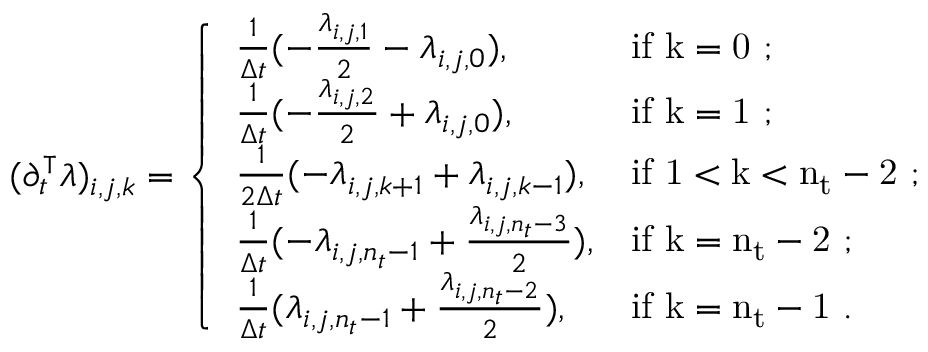
\begin{array} { r } { ( \partial _ { t } ^ { \intercal } \lambda ) _ { i , j , k } = \left\{ \begin{array} { l l } { \frac { 1 } { \Delta t } ( - \frac { \lambda _ { i , j , 1 } } { 2 } - \lambda _ { i , j , 0 } ) , } & { \mathrm { i f ~ k = 0 ~ } ; } \\ { \frac { 1 } { \Delta t } ( - \frac { \lambda _ { i , j , 2 } } { 2 } + \lambda _ { i , j , 0 } ) , } & { \mathrm { i f ~ k = 1 ~ } ; } \\ { \frac { 1 } { 2 \Delta t } ( - \lambda _ { i , j , k + 1 } + \lambda _ { i , j , k - 1 } ) , } & { \mathrm { i f ~ 1 < k < n _ t - 2 ~ } ; } \\ { \frac { 1 } { \Delta t } ( - \lambda _ { i , j , n _ { t } - 1 } + \frac { \lambda _ { i , j , n _ { t } - 3 } } { 2 } ) , } & { \mathrm { i f ~ k = n _ t - 2 ~ } ; } \\ { \frac { 1 } { \Delta t } ( \lambda _ { i , j , n _ { t } - 1 } + \frac { \lambda _ { i , j , n _ { t } - 2 } } { 2 } ) , } & { \mathrm { i f ~ k = n _ t - 1 ~ } . } \end{array} \right. } \end{array}